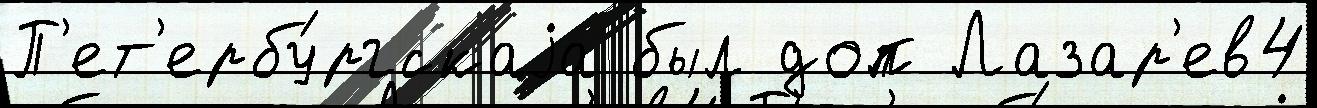
П'ет'ербу́ргскаjа был доп Лазар'ев4